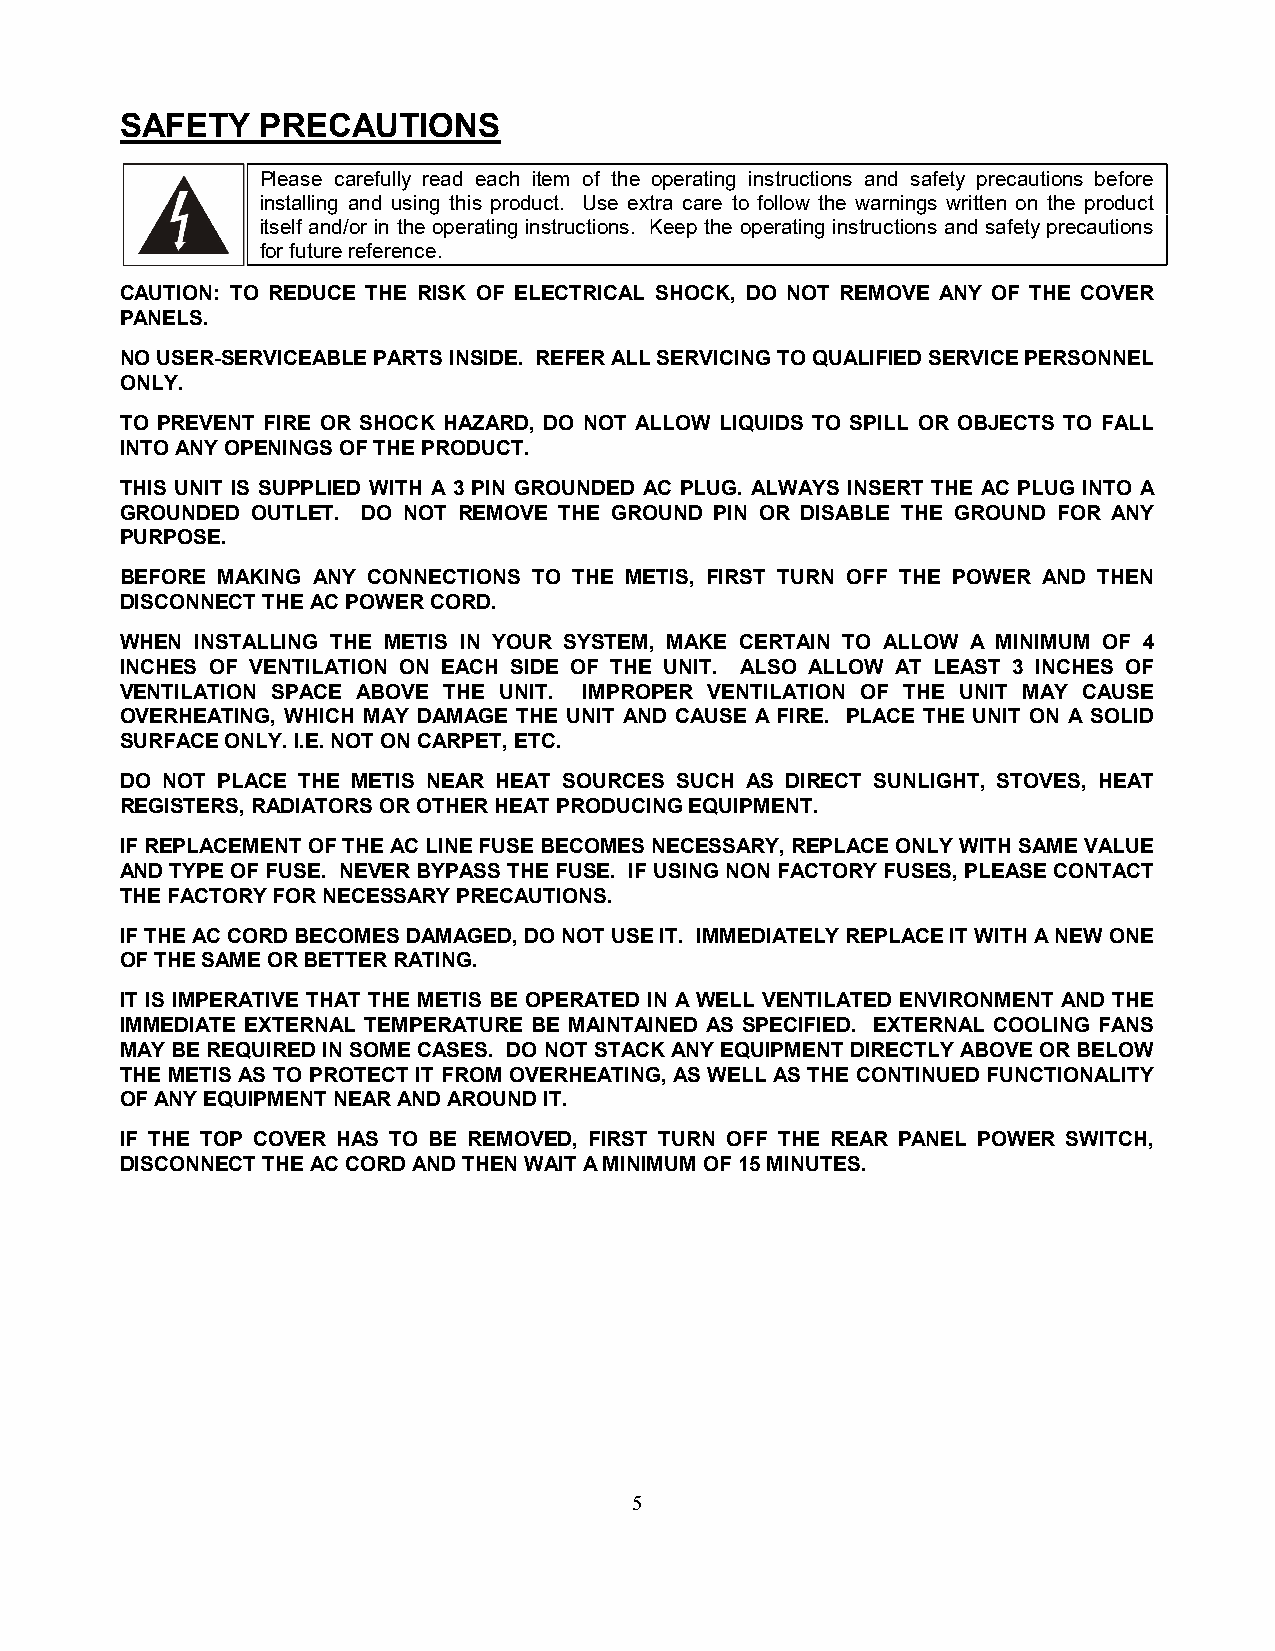
SAFETY   PRECAUTIONS
 Please carefully read each item of the operating instructions and safety precautions before
 installing and using this product. Use extra care to follow the warnings written on the product
 itself and/or in the operating instructions. Keep the operating instructions and safety precautions
 for future reference.
 CAUTION: TO REDUCE THE RISK OF ELECTRICAL SHOCK, DO NOT REMOVE ANY OF THE COVER
 PANELS.
 NO USER-SERVICEABLE PARTS INSIDE. REFER ALL SERVICING TO QUALIFIED SERVICE PERSONNEL
 ONLY.
 TO PREVENT FIRE OR SHOCK HAZARD, DO NOT ALLOW LIQUIDS TO SPILL OR OBJECTS TO FALL
 INTO ANY OPENINGS OF THE PRODUCT.
 THIS UNIT IS SUPPLIED WITH A 3 PIN GROUNDED AC PLUG. ALWAYS INSERT THE AC PLUG INTO A
 GROUNDED OUTLET. DO NOT REMOVE THE GROUND PIN OR DISABLE THE GROUND FOR ANY
 PURPOSE.
 BEFORE MAKING ANY CONNECTIONS TO THE METIS, FIRST TURN OFF THE POWER AND THEN
 DISCONNECT THE AC POWER CORD.
 WHEN INSTALLING THE METIS IN YOUR SYSTEM, MAKE CERTAIN TO ALLOW A MINIMUM OF 4
 INCHES OF VENTILATION ON EACH SIDE OF THE UNIT. ALSO ALLOW AT LEAST 3 INCHES OF
 VENTILATION SPACE ABOVE THE UNIT. IMPROPER VENTILATION OF THE UNIT MAY CAUSE
 OVERHEATING, WHICH MAY DAMAGE THE UNIT AND CAUSE A FIRE. PLACE THE UNIT ON A SOLID
 SURFACE ONLY. I.E. NOT ON CARPET, ETC.
 DO NOT PLACE THE METIS NEAR HEAT SOURCES SUCH AS DIRECT SUNLIGHT, STOVES, HEAT
 REGISTERS, RADIATORS OR OTHER HEAT PRODUCING EQUIPMENT.
 IF REPLACEMENT OF THE AC LINE FUSE BECOMES NECESSARY, REPLACE ONLY WITH SAME VALUE
 AND TYPE OF FUSE. NEVER BYPASS THE FUSE. IF USING NON FACTORY FUSES, PLEASE CONTACT
 THE FACTORY FOR NECESSARY PRECAUTIONS.
 IF THE AC CORD BECOMES DAMAGED, DO NOT USE IT. IMMEDIATELY REPLACE IT WITH A NEW ONE
 OF THE SAME OR BETTER RATING.
 IT IS IMPERATIVE THAT THE METIS BE OPERATED IN A WELL VENTILATED ENVIRONMENT AND THE
 IMMEDIATE EXTERNAL TEMPERATURE BE MAINTAINED AS SPECIFIED. EXTERNAL COOLING FANS
 MAY BE REQUIRED IN SOME CASES. DO NOT STACK ANY EQUIPMENT DIRECTLY ABOVE OR BELOW
 THE METIS AS TO PROTECT IT FROM OVERHEATING, AS WELL AS THE CONTINUED FUNCTIONALITY
 OF ANY EQUIPMENT NEAR AND AROUND IT.
 IF THE TOP COVER HAS TO BE REMOVED, FIRST TURN OFF THE REAR PANEL POWER SWITCH,
 DISCONNECT THE AC CORD AND THEN WAIT A MINIMUM OF 15 MINUTES.
 5